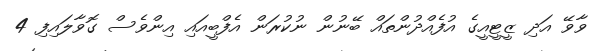
ވާވޭ އަދި ޒީޓީއީގެ އުފެއްދުންތައް ބޭނުން ނުކުރަން އެފްބީއައި އިންވެސް ގޮވާލައިފި 4